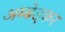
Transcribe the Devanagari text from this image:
अम्बेड्कर